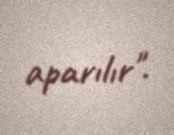
aparılır".